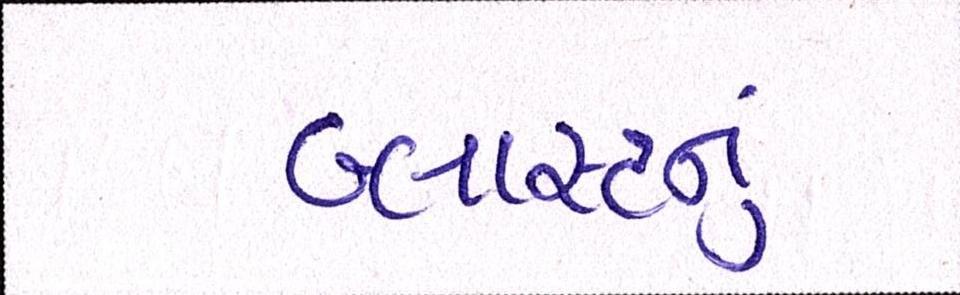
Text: બ્લાસ્ટનું